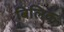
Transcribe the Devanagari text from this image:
बिलिक